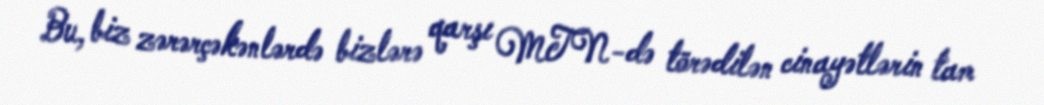
Bu, biz zərərçəkənlərdə bizlərə qarşı MTN-də törədilən cinayətlərin tam